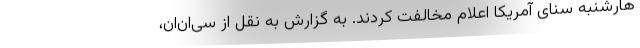
هارشنبه سنای آمریکا اعلام مخالفت کردند. به گزارش به نقل از سی‌ان‌ان،